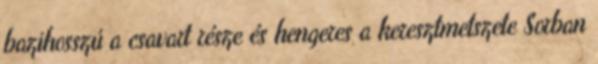
bazihosszú a csavart része és hengeres a keresztmetszete Sorban